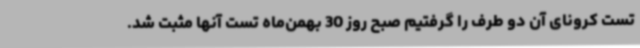
تست کرونای آن دو طرف را گرفتیم صبح روز 30 بهمن‌ماه تست آنها مثبت شد.